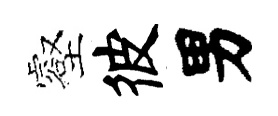
壑彼男